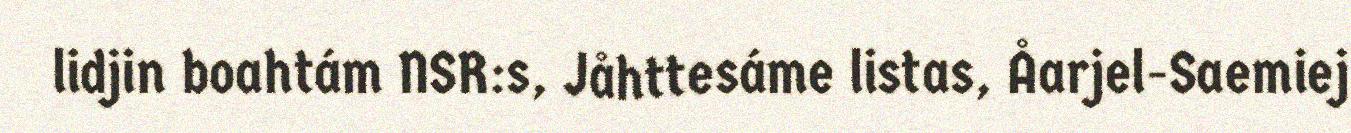
lidjin boahtám NSR:s, Jåhttesáme listas, Åarjel-Saemiej